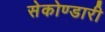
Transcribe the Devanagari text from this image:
सेकोण्डारी